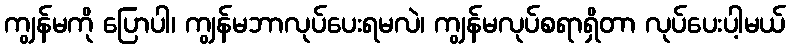
ကျွန်မကို ပြောပါ၊ ကျွန်မဘာလုပ်ပေးရမလဲ၊ ကျွန်မလုပ်စရာရှိတာ လုပ်ပေးပါ့မယ်